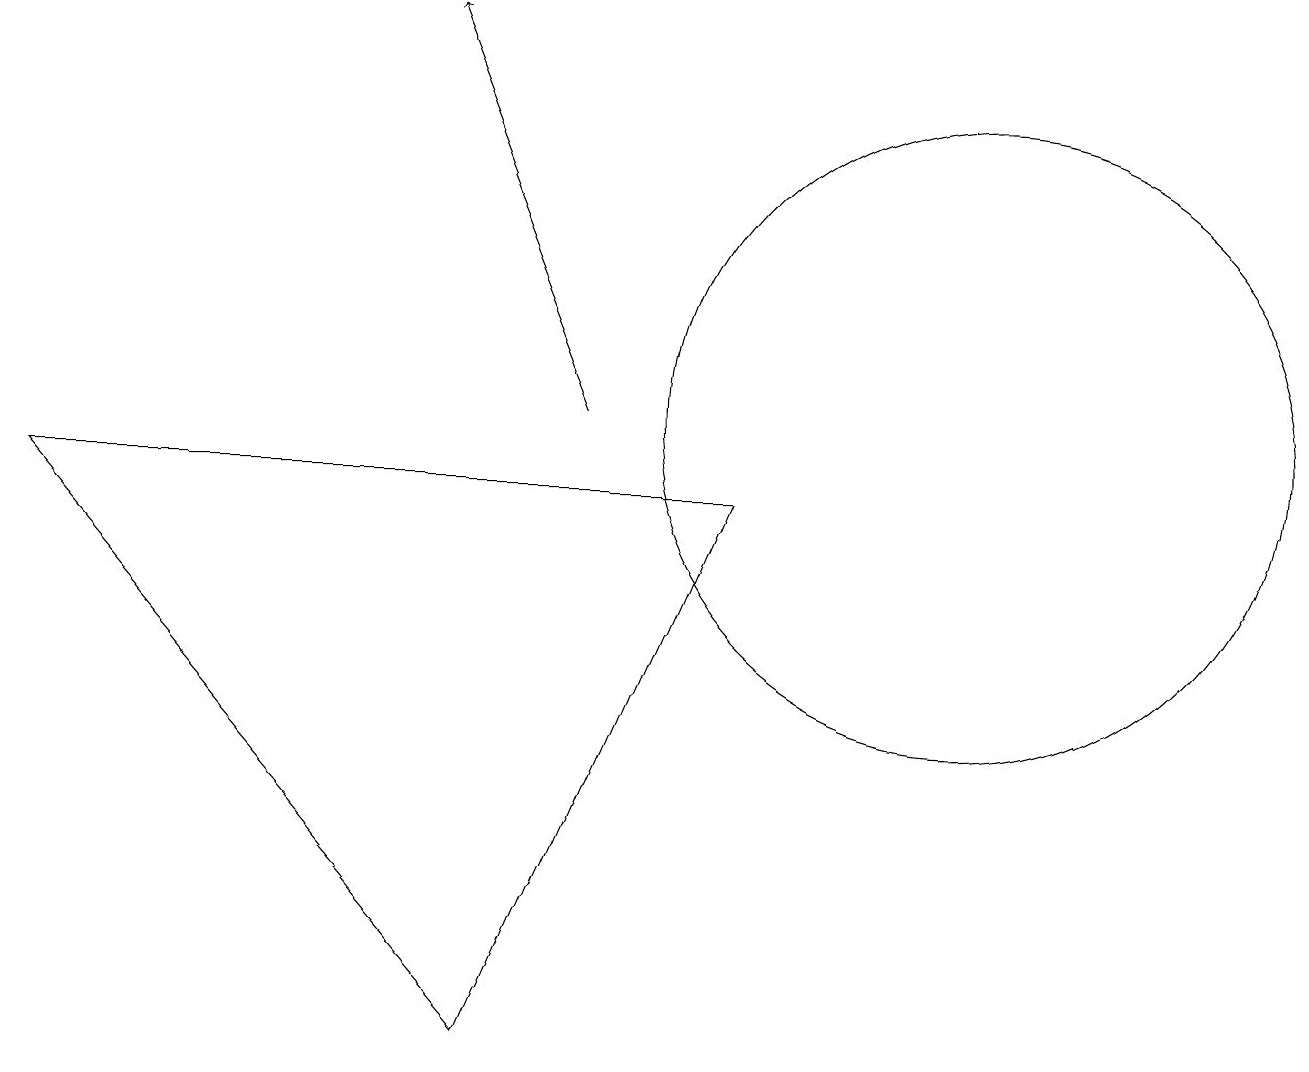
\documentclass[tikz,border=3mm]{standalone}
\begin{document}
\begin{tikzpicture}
\draw[->] (7,10) -- (5,15);
\draw (6,2) -- (0,9) -- (9,9) -- cycle;
\draw (12,10) circle (4);
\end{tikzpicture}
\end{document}